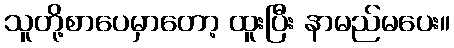
သူတို့စာပေမှာတော့ ထူးပြီး နာမည်မပေး။